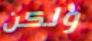
ولكن